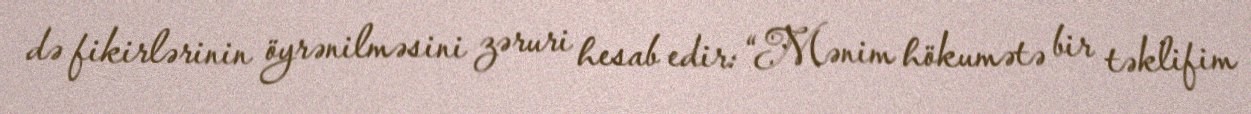
də fikirlərinin öyrənilməsini zəruri hesab edir: “Mənim hökumətə bir təklifim